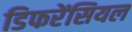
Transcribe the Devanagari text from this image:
डिफरेंसियल